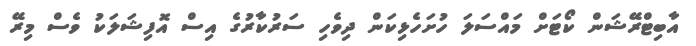
އާބިޓްރޭޝަން ކޯޓަށް މައްސަލަ ހުށަހެޅިކަން ދިވެހި ސަރުކާރުގެ އިސް އޮފިޝަލަކު ވެސް މިރޭ